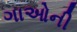
ગાઓની